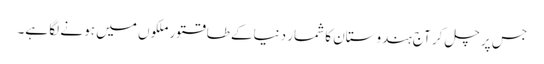
جس پر چل کر آج ہندوستان کا شمار دنیاکے طاقتورملکوں میں ہو نے لگا ہے۔